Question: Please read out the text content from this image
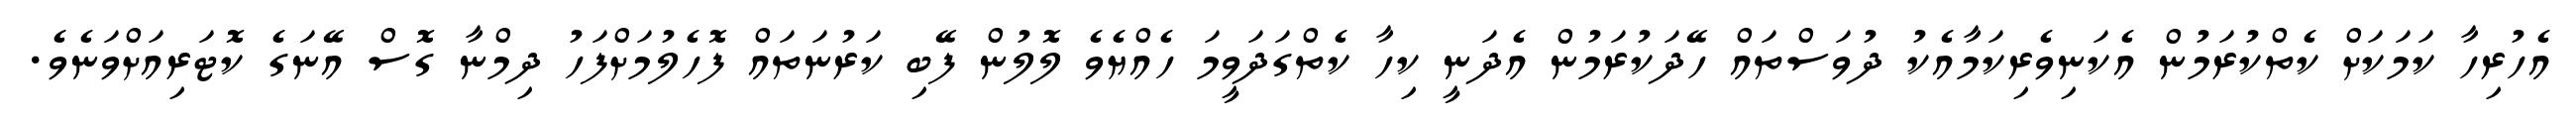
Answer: އެހުރިހާ ކަމަކަށް ކެތްކުރަމުން އެކަނިވެރިކަމާއެކު ދުވަސްތައް ހޭދަކުރަމުން އެދަނީ ކިހާ ކެތްގަދަވީމަ ހެއްޔެވެ ލޮލުން ފޭބި ކަރުނަތައް ފޮހެލުމަށްފަހު ދިމްނާ ގޮސް އޭނަގެ ކޮޓަރިއަށްވަނެވެ.